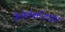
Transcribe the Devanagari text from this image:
जेनोलेक्टोटाइप